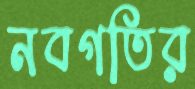
নবগতির